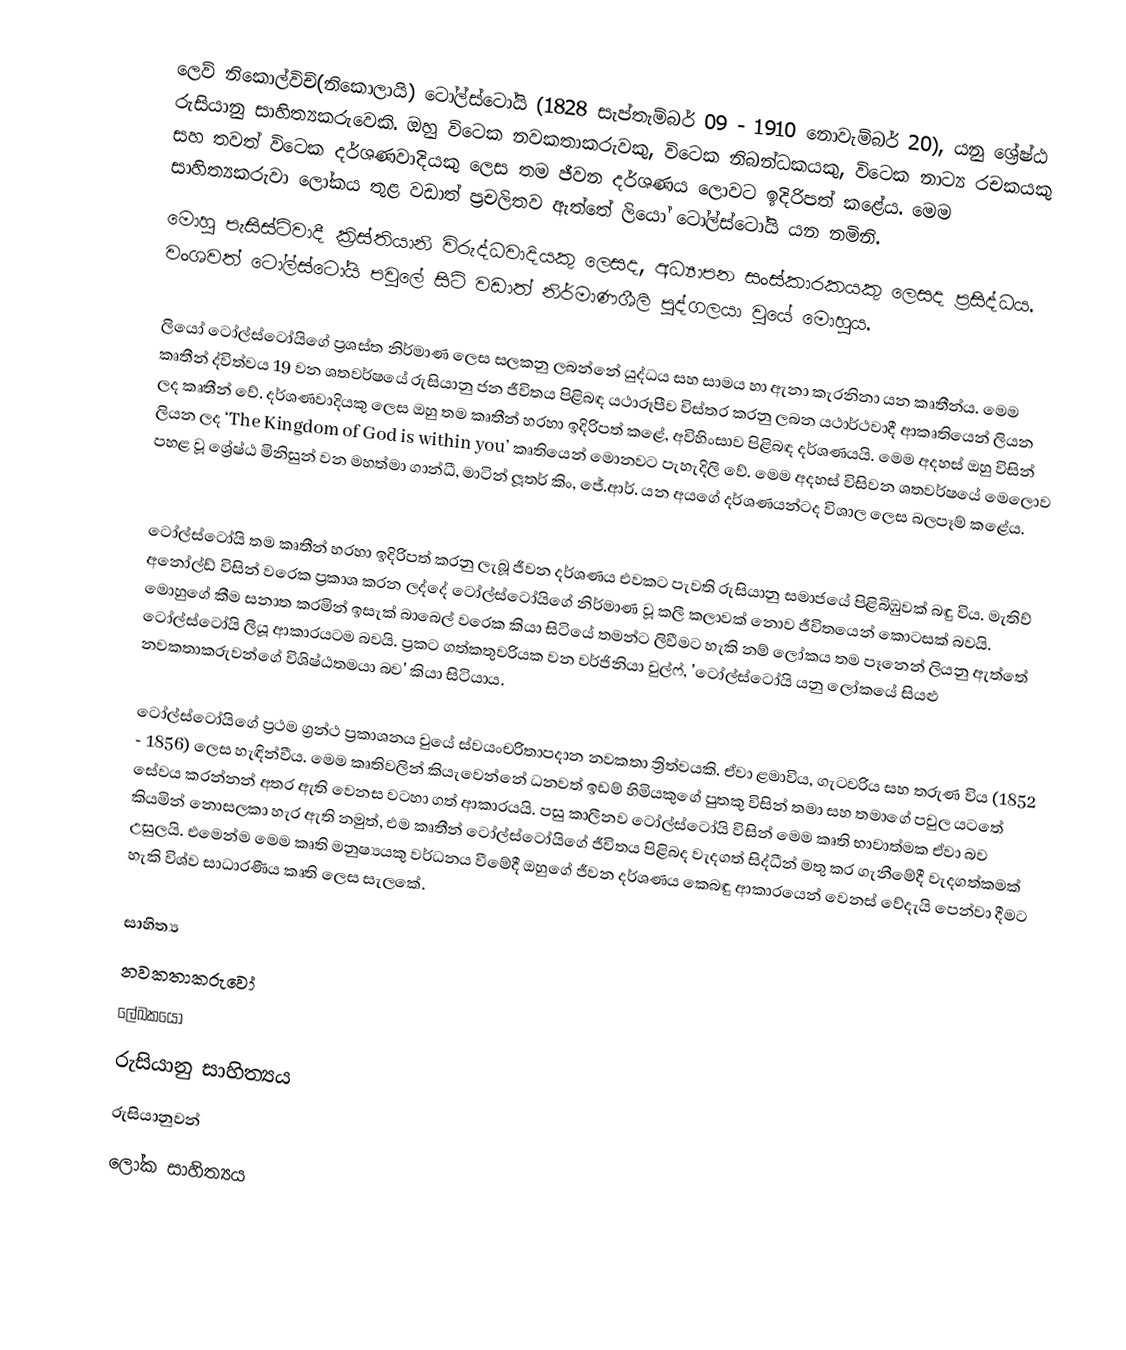
ලෙව් නිකොල්විච්(නිකොලායි) ටෝල්ස්ටෝයි (1828 සැප්තැම්බර් 09 - 1910 නොවැම්බර් 20), යනු ‍ශ්‍රේෂ්ඨ රුසියානු සාහිත්‍යකරුවෙකි. ඔහු විටෙක නවකතාකරුවකු, විටෙක නිබන්ධකයකු, විටෙක නාට්‍ය රචකයකු සහ තවත් විටෙක දර්ශණවාදියකු ලෙස තම ජීවන දර්ශණය ලොවට ඉදිරිපත් කළේය. මෙම සාහිත්‍යකරුවා ලෝකය තුළ වඩාත් ප්‍රචලිතව ඇත්තේ ලියෝ ටෝල්ස්ටෝයි යන නමිනි.
මොහු පැසිස්ට්වාදී ක්‍රිස්තියානි විරුද්ධවාදියකු ලෙසද, අධ්‍යාපන සංස්කාරකයකු ලෙසද ප්‍රසිද්ධය. වංශවත් ටෝල්ස්ටෝයි පවුලේ සිටි වඩාත් නිර්මාණශීලි පුද්ගලයා වුයේ මොහුය.

ලියෝ ටෝල්ස්ටෝයිගේ ප්‍රශස්ත නිර්මාණ ලෙස සලකනු ලබන්නේ යුද්ධය සහ සාමය හා ඇනා කැරනිනා යන කෘතීන්ය. මෙම කෘතීන් ද්විත්වය 19 වන ශතවර්ෂයේ රුසියානු ජන ජීවිතය පිළිබඳ යථාරූපීව විස්තර කරනු ලබන යථාර්ථවාදී ආකෘතියෙන් ලියන ලද කෘතීන් වේ. දර්ශණවාදියකු ලෙස ඔහු තම කෘතීන් හරහා ඉදිරිපත් කළේ, අවිහිංසාව පිළිබඳ දර්ශණයයි. මෙම අදහස් ඔහු විසින් ලියන ලද ‘The Kingdom of God is within you’ කෘතියෙන් මොනවට පැහැදිලි වේ. මෙම අදහස් විසිවන ශතවර්ෂයේ මෙලොව පහළ වූ ශ්‍රේෂ්ඨ මිනිසුන් වන මහත්මා ගාන්ධී, මාටින් ලූතර් කිං, ජේ.ආර්. යන අයගේ දර්ශණයන්ටද විශාල ලෙස බලපෑම් කළේය.

ටෝල්ස්ටෝයි තම කෘතීන් හරහා ඉදිරිපත් කරනු ලැබූ ජීවන දර්ශණය එවකට පැවති රුසියානු සමාජයේ පිළිබිඹුවක් බඳු විය. මැතිව් අනෝල්ඩ් විසින් වරෙක ප්‍රකාශ කරන ලද්දේ ටෝල්ස්ටෝයිගේ නිර්මාණ වූ කලී කලාවක් නොව ජීවිතයෙන් කොටසක් බවයි. මොහුගේ කීම සනාත කරමින් ඉසැක් බාබෙල් වරෙක කියා සිටියේ තමන්ට ලිවීමට හැකි නම් ලෝකය තම පෑනෙන් ලියනු ඇත්තේ ටෝල්ස්ටෝයි ලියූ ආකාරයටම බවයි. ප්‍රකට ගත්කතුවරියක වන වර්ජිනියා වුල්ෆ්, 'ටෝල්ස්ටෝයි යනු ලෝකයේ සියළු නවකතාකරුවන්ගේ විශිෂ්ඨතමයා බව' කියා සිටියාය.

ටෝල්ස්ටෝයිගේ ප්‍රථම ග්‍රන්ථ ප්‍රකාශනය වුයේ ස්වයංචරිතාපදාන නවකතා ත්‍රිත්වයකි. ඒවා ළමාවිය, ගැටවරිය සහ තරුණ විය (1852 - 1856) ලෙස හැඳින්වීය. මෙම කෘතිවලින් කියැවෙන්නේ ධනවත් ඉඩම් හිමියකුගේ පුතකු විසින් තමා සහ තමාගේ පවුල යටතේ සේවය කරන්නන් අතර ඇති වෙනස වටහා ගත් ආකාරයයි. පසු කාලීනව ටෝල්ස්ටෝයි විසින් මෙම කෘති භාවාත්මක ඒවා බව කියමින් නොසලකා හැර ඇති නමුත්, එම කෘතීන් ටෝල්ස්ටෝයිගේ ජීවිතය පිළිබද වැදගත් සිද්ධීන් මතු කර ගැනීමේදී වැදගත්කමක් උසුලයි. එමෙන්ම මෙම කෘති මනුෂ්‍යයකු වර්ධනය වීමේදී ඔහුගේ ජීවන දර්ශණය කෙබඳු ආකාරයෙන් වෙනස් වේදැයි පෙන්වා දීමට හැකි විශ්ව සාධාරණීය කෘති ලෙස සැලකේ.

සාහිත්‍ය
නවකතාකරුවෝ
ලේඛකයෝ
රුසියානු සාහිත්‍යය
රුසියානුවන්
ලෝක සාහිත්‍යය